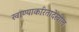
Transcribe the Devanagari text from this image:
खाण्याकरितादेखील